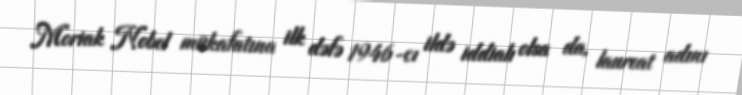
Moriak Nobel mükafatına ilk dəfə 1946-cı ildə iddialı olsa da, laureat adını